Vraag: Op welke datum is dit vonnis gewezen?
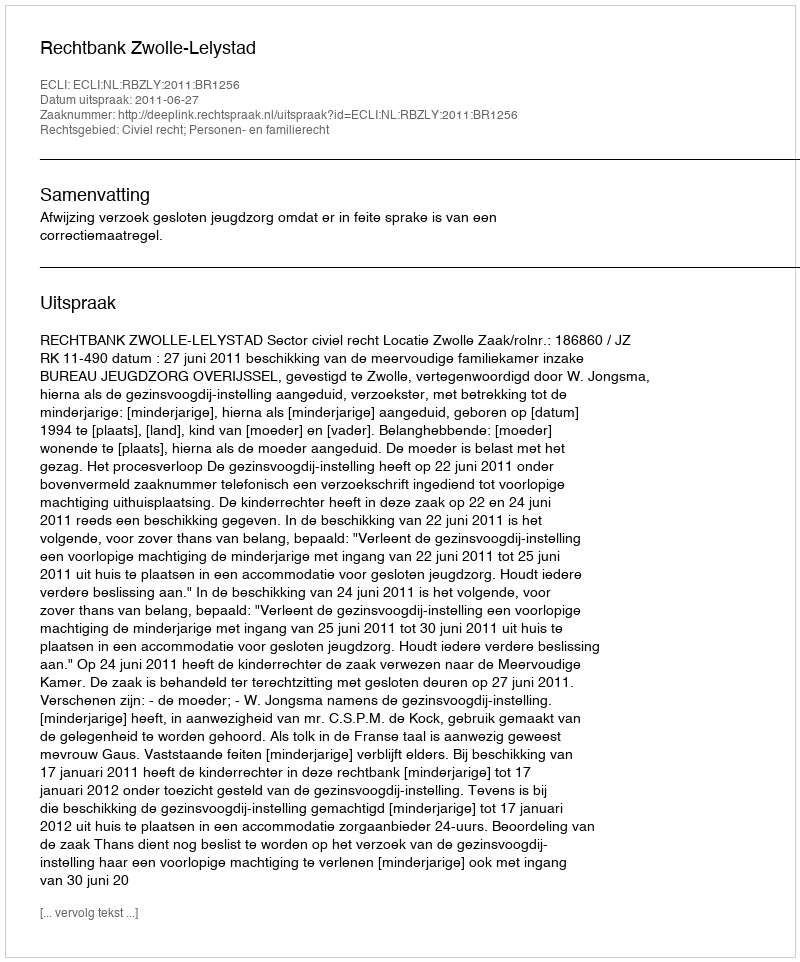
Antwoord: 2011-06-27